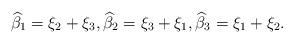
LaTeX: \begin{align*}\widehat{\beta}_1=\xi_2+\xi_3, \widehat{\beta}_2=\xi_3+\xi_1,\widehat{\beta}_3=\xi_1+\xi_2.\end{align*}